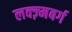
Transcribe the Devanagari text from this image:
लक्ज़्मबर्ग